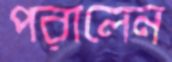
পরালেন